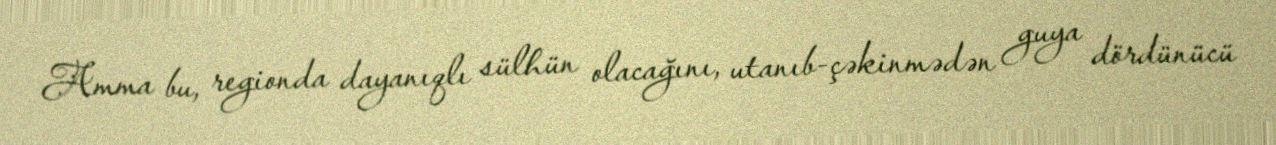
Amma bu, regionda dayanıqlı sülhün olacağını, utanıb-çəkinmədən guya dördünücü